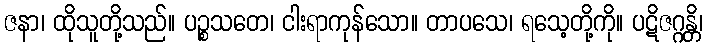
ဇနာ၊ ထိုသူတို့သည်။ ပဉ္စသတေ၊ ငါးရာကုန်သော။ တာပသေ၊ ရသေ့တို့ကို။ ပဋိဇဂ္ဂန္တိ၊